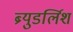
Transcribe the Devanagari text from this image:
ब्र्युडर्लिश